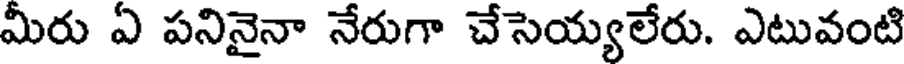
మీరు ఏ పనినైనా నేరుగా చేసెయ్యలేరు. ఎటువంటి